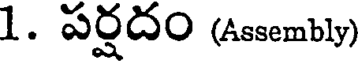
1. పర్షదం (Assembly)